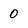
Character: 0